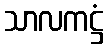
သာလကဋ္ဌံ